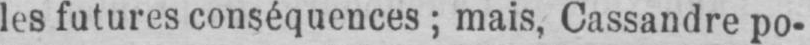
les futures conséquences; mais, Cassandre po-